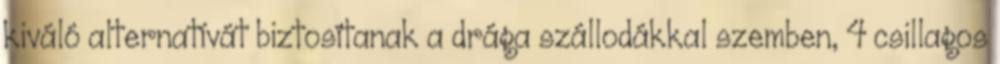
kiváló alternatívát biztosítanak a drága szállodákkal szemben, 4 csillagos